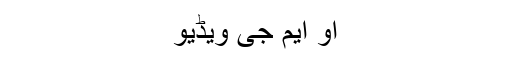
او ایم جی ویڈیو